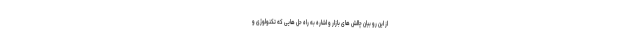
از این رو بیان چالش های بازار و اشاره به راه حل هایی که تکنولوژی و